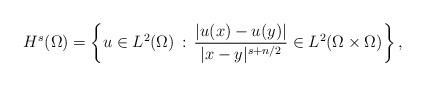
LaTeX: \begin{align*}H^{s}(\Omega) = \left\{ u \in L^{2}(\Omega) \,: \, \frac{|u(x)-u(y)|}{|x-y|^{s + n/2}}\in L^{2}(\Omega\times\Omega) \right\},\end{align*}